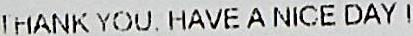
THANK YOU. HAVE A NICE DAY !